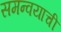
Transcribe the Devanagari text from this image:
समन्वयाची